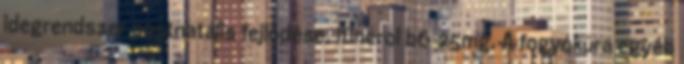
idegrendszer postnatális fejlődése, itinerol b6 25mg. A fogyókúra egyéb